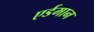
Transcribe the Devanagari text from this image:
एर्डमान